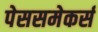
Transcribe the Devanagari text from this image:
पेससमेकर्स